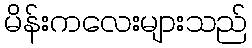
မိန်းကလေးများသည်